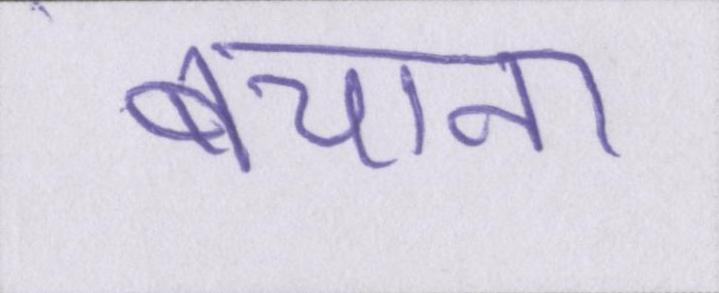
बचाना